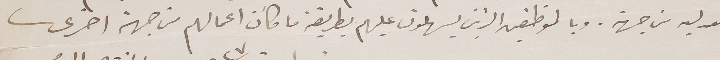
العدليه من جهة. وبالموظفين الذين يسهلون عليهم بطريقة ما كان اعمالهم من جهة اخرى